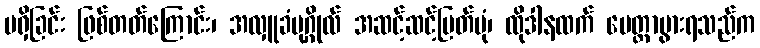
မရှိခြင်း ဖြစ်တတ်ကြောင်း၊ အလှူခံပုဂ္ဂိုလ် အဆင့်ဆင့်မြတ်ပုံ၊ ထိုဒါနထက် မေတ္တာပွားရသည်က